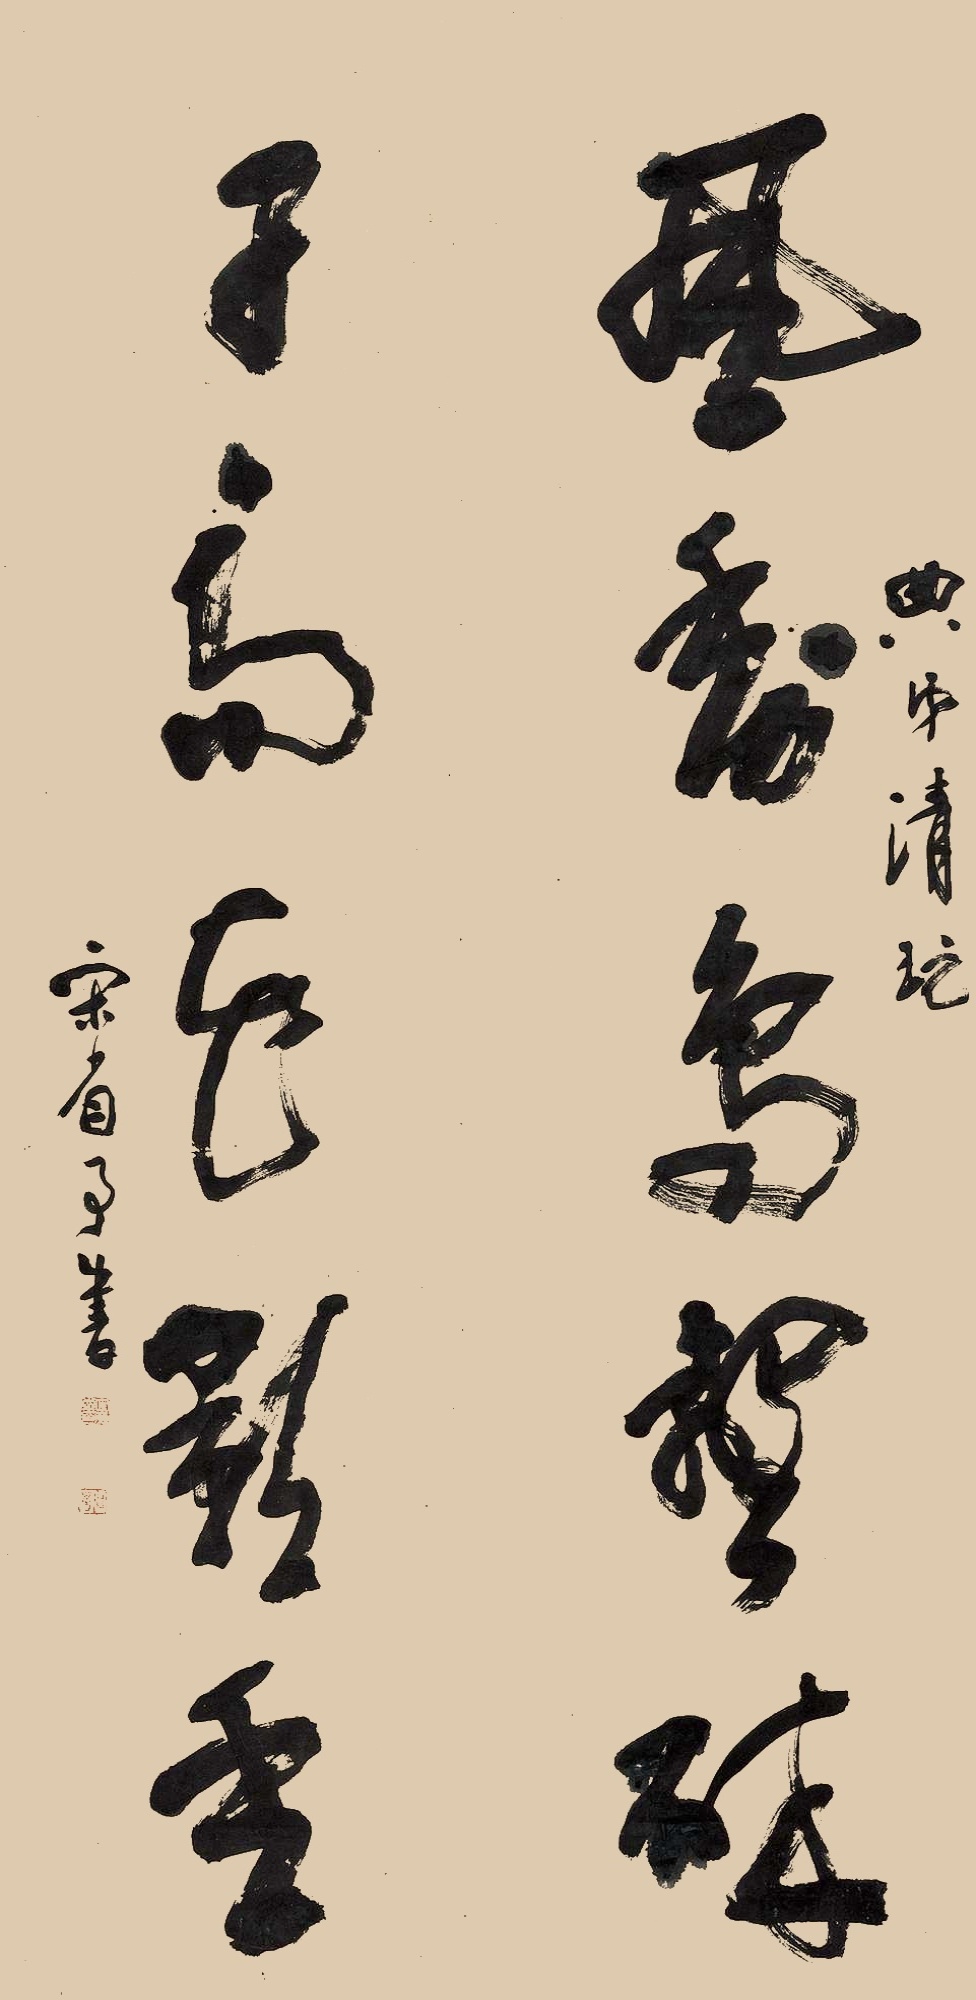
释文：风香鸟声碎，日高花影重。典弟清玩，宋省予书。